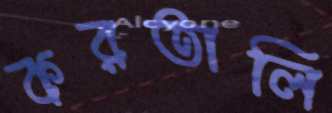
করতালি